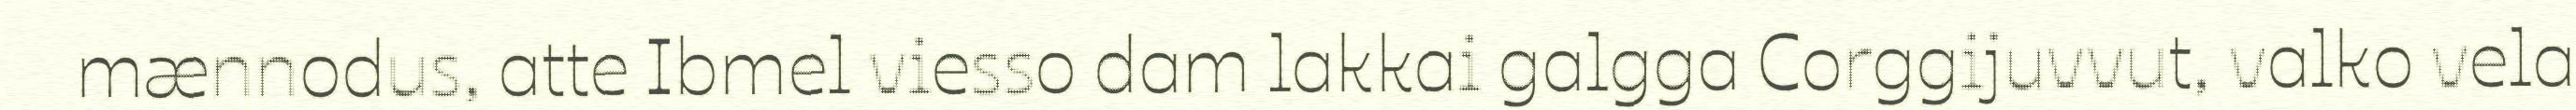
mænnodus, atte Ibmel viesso dam lakkai galgga Corggijuvvut, valko vela